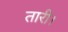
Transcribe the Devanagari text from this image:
तारी।